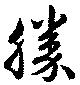
勝